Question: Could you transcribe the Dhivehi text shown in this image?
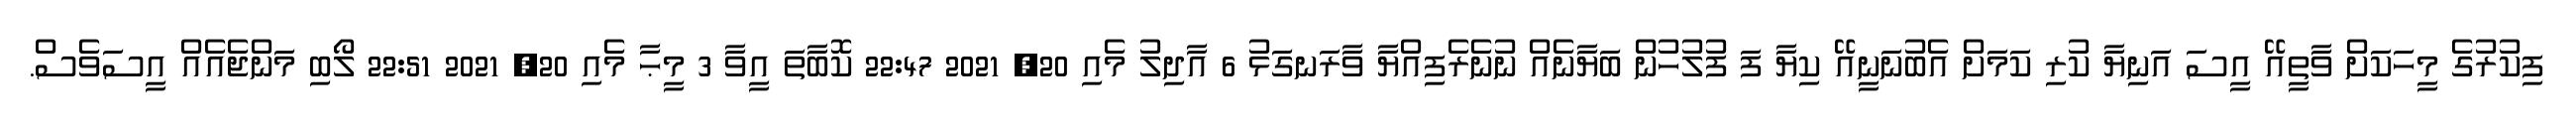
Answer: ފިކުރުގެ މީހަކަށް ވާތީއޭ އީސަ އަނިޔާ ކުރި ކަމަށް އެބުނަނީއޭ ކިޔާ ފަ ފުލުހުން ބަޔާނެއް ނުނެރެފިއްޔާ ވާރަނގަޅު 6 އާދިލު މެއި 20, 2021 22:47 ކޮބާތަ އީވާ 3 މީޙާ މެއި 20, 2021 22:51 ލޯބި މަންޖެއެއް އީސަވެސް.